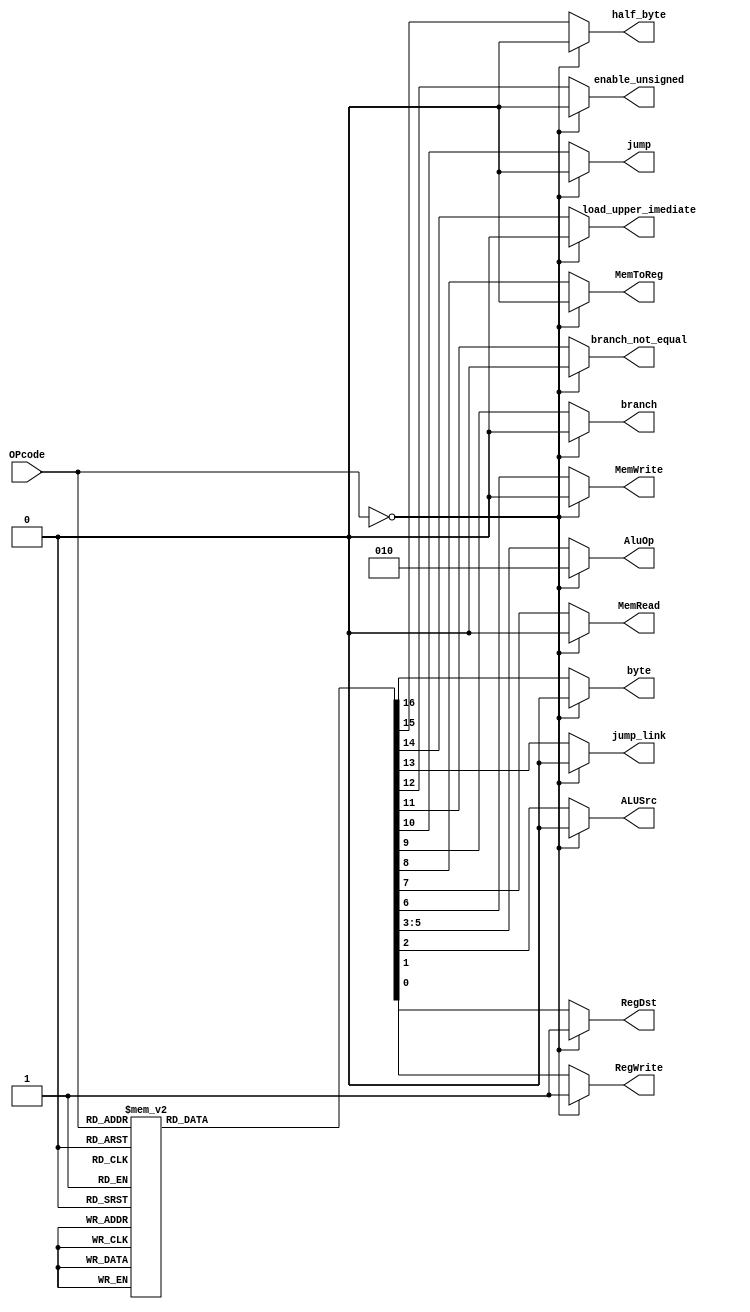

module Control_Unit(OPcode,RegDst,RegWrite,ALUSrc,AluOp,MemWrite,MemRead,MemToReg,
branch,jump, branch_not_equal,jump_link, enable_unsigned, load_upper_imediate,
half_byte,byte);

input [5:0]OPcode;

output RegDst;
output RegWrite;
output ALUSrc;
output [2:0]AluOp;
output MemWrite;
output MemRead;
output MemToReg;
output branch;
output branch_not_equal;
output jump;
output jump_link;
output enable_unsigned;
output load_upper_imediate;
output half_byte;
output byte;

wire [5:0]OPcode;

reg RegDst;
reg RegWrite;
reg ALUSrc;
reg [2:0]AluOp;
reg MemWrite;
reg MemRead;
reg MemToReg;
reg branch;
reg jump;
reg branch_not_equal;
reg enable_unsigned;
reg jump_link;
reg load_upper_imediate;
reg half_byte;
reg byte;

initial // initialize the control signals
	begin
 		RegDst=1'b0;
 		RegWrite=1'b0;
 		ALUSrc=1'b0;
 		AluOp=3'b000;
 		MemWrite=1'b0;
 		MemRead=1'b0;
 		MemToReg=1'b0;
 		branch=1'b0;
 		jump=1'b0;
 		branch_not_equal=1'b0;
 		enable_unsigned=1'b0;
 		jump_link=1'b0;
 		load_upper_imediate=1'b0;
 		half_byte=1'b0;
 		byte=1'b0;


	end


always @ (OPcode )
   begin
     if (OPcode==6'b000000)//r-type
		begin
 			RegDst=1'b1;
 			RegWrite=1'b1;
 			ALUSrc=1'b0;
 			AluOp=3'b010;
 			MemWrite=1'b0;
 			MemRead=1'b0;
			MemToReg=1'b0;
 			branch=1'b0;
 			jump=1'b0;
 			branch_not_equal=1'b0;
 			enable_unsigned=1'b0;
 			jump_link=1'b0;
			load_upper_imediate=1'b0;
			half_byte=1'b0;
			byte=1'b0;
		end

//I-type&j=type
    else 
	begin
	     case (OPcode)
		//i=type
		6'b001000://addi
		  begin
 			RegDst=1'b0;
			RegWrite=1'b1;
 			ALUSrc=1'b1;
 			AluOp=3'b000;
 		 	MemWrite=1'b0;
 			MemRead=1'b0;
 			MemToReg=1'b0;
 			branch=1'b0;
		 	jump=1'b0;
			branch_not_equal=1'b0;
 			enable_unsigned=1'b0;
 			jump_link=1'b0;
			load_upper_imediate=1'b0;
			half_byte=1'b0;
			byte=1'b0;
		end


		6'b001010://slti
		  begin
 			RegDst=1'b0;
			RegWrite=1'b1;
 			ALUSrc=1'b1;
 		  	AluOp=3'b101;
 			MemWrite=1'b0;
 			MemRead=1'b0;
 			MemToReg=1'b0;
 			branch=1'b0;
			jump=1'b0;
			branch_not_equal=1'b0;
 			enable_unsigned=1'b0;
 			jump_link=1'b0;
			load_upper_imediate=1'b0;
			half_byte=1'b0;
			byte=1'b0;
		   end


		6'b001001://sltui
		   begin
 			RegDst=1'b0;
			RegWrite=1'b1;
 			ALUSrc=1'b1;
 		   	AluOp=3'b101;
 			MemWrite=1'b0;
 			MemRead=1'b0;
 			MemToReg=1'b0;
 			branch=1'b0;
			jump=1'b0;
			branch_not_equal=1'b0;
 			enable_unsigned=1'b1;
 			jump_link=1'b0;
			load_upper_imediate=1'b0;
			half_byte=1'b0;
			byte=1'b0;
		    end

		6'b000100://beq
		    begin
 			RegDst=1'bx;
 			RegWrite=1'b0;
 			ALUSrc=1'b0;
 			AluOp=3'b001;
 			MemWrite=1'b0;
 			MemRead=1'b0;
 			MemToReg=1'bx;
 			branch=1'b1;
 			jump=1'b0;
			branch_not_equal=1'b0;
 			enable_unsigned=1'b0;
 			jump_link=1'b0;
			load_upper_imediate=1'b0;
			half_byte=1'b0;
			byte=1'b0;

		    end


		6'b000101://bne
		    begin
 			RegDst=1'bx;
			RegWrite=1'b0;
 			ALUSrc=1'b0;
 			AluOp=3'b001;
 			MemWrite=1'b0;
 			MemRead=1'b0;
 			MemToReg=1'bx;
 			branch=1'b0;
 			jump=1'b0;
			branch_not_equal=1'b1;
 			enable_unsigned=1'b0;
 			jump_link=1'b0;
			load_upper_imediate=1'b0;
			half_byte=1'b0;
			byte=1'b0;
		    end


		6'b001100://andi
		    begin
			RegDst=1'b0;
			RegWrite=1'b1;
 			ALUSrc=1'b1;
 			AluOp=3'b011;
 			MemWrite=1'b0;
 			MemRead=1'b0;
 			MemToReg=1'b0;
 			branch=1'b0;
			jump=1'b0;
			branch_not_equal=1'b0;
 			enable_unsigned=1'b1;
 			jump_link=1'b0;
			load_upper_imediate=1'b0;
			half_byte=1'b0;
			byte=1'b0;
		    end


		6'b001101://ori
		    begin
			RegDst=1'b0;
			RegWrite=1'b1;
 			ALUSrc=1'b1;
 			AluOp=3'b100;
 			MemWrite=1'b0;
 			MemRead=1'b0;
 			MemToReg=1'b0;
 			branch=1'b0;
			jump=1'b0;
			branch_not_equal=1'b0;
 			enable_unsigned=1'b1;
 			jump_link=1'b0;
			load_upper_imediate=1'b0;
			half_byte=1'b0;
			byte=1'b0;
		    end


		6'b100011://lw
		    begin
 			RegDst=1'b0;
			RegWrite=1'b1;
 			ALUSrc=1'b1;
 			AluOp=3'b000;
 			MemWrite=1'b0;
 			MemRead=1'b1;
 			MemToReg=1'b1;
 			branch=1'b0;
 			jump=1'b0;
			branch_not_equal=1'b0;
 			enable_unsigned=1'b0;
 			jump_link=1'b0;
			load_upper_imediate=1'b0;
			half_byte=1'b0;
			byte=1'b0;
		    end


		6'b100001://lh
		    begin
 			RegDst=1'b0;
			RegWrite=1'b1;
 			ALUSrc=1'b1;
 			AluOp=3'b000;
 			MemWrite=1'b0;
 			MemRead=1'b1;
 			MemToReg=1'b1;
 			branch=1'b0;
 			jump=1'b0;
			branch_not_equal=1'b0;
 			enable_unsigned=1'b0;
 			jump_link=1'b0;
			load_upper_imediate=1'b0;
			half_byte=1'b1;
			byte=1'b0;
		    end


		6'b100000://lb
		    begin
 			RegDst=1'b0;
			RegWrite=1'b1;
 			ALUSrc=1'b1;
 			AluOp=3'b000;
 			MemWrite=1'b0;
 			MemRead=1'b1;
 			MemToReg=1'b1;
 			branch=1'b0;
 			jump=1'b0;
			branch_not_equal=1'b0;
 			enable_unsigned=1'b0;
 			jump_link=1'b0;
			load_upper_imediate=1'b0;
			half_byte=1'b0;
			byte=1'b1;
		    end

		6'b100101://lhu
		    begin
 			RegDst=1'b0;
			RegWrite=1'b1;
 			ALUSrc=1'b1;
 			AluOp=3'b000;
 			MemWrite=1'b0;
 			MemRead=1'b1;
 			MemToReg=1'b1;
 			branch=1'b0;
 			jump=1'b0;
			branch_not_equal=1'b0;
 			enable_unsigned=1'b1;
 			jump_link=1'b0;
			load_upper_imediate=1'b0;
			half_byte=1'b1;
			byte=1'b0;
		    end


		6'b100100://lbu
		    begin
 			RegDst=1'b0;
			RegWrite=1'b1;
 			ALUSrc=1'b1;
 			AluOp=3'b000;
 			MemWrite=1'b0;
 			MemRead=1'b1;
 			MemToReg=1'b1;
 			branch=1'b0;
 			jump=1'b0;
			branch_not_equal=1'b0;
 			enable_unsigned=1'b1;
 			jump_link=1'b0;
			load_upper_imediate=1'b0;
			half_byte=1'b0;
			byte=1'b1;
		    end

		6'b101011://sw
		    begin
 			RegDst=1'bx;
 			RegWrite=1'b0;
 			ALUSrc=1'b1;
 			AluOp=3'b000;
 			MemWrite=1'b1;
 			MemRead=1'b0;
 			MemToReg=1'bx;
 			branch=1'b0;
 			jump=1'b0;
			branch_not_equal=1'b0;
 			enable_unsigned=1'b0;
 			jump_link=1'b0;
			load_upper_imediate=1'b0;
			half_byte=1'b0;
			byte=1'b0;
		    end


		6'b101001://sh
		    begin
 			RegDst=1'bx;
 			RegWrite=1'b0;
 			ALUSrc=1'b1;
 			AluOp=3'b000;
 			MemWrite=1'b1;
 			MemRead=1'b0;
 			MemToReg=1'bx;
 			branch=1'b0;
 			jump=1'b0;
			branch_not_equal=1'b0;
 			enable_unsigned=1'b0;
 			jump_link=1'b0;
			load_upper_imediate=1'b0;
			half_byte=1'b1;
			byte=1'b0;
		    end


		6'b101000://sb
		    begin
 			RegDst=1'bx;
 			RegWrite=1'b0;
 			ALUSrc=1'b1;
 			AluOp=3'b000;
 			MemWrite=1'b1;
 			MemRead=1'b0;
 			MemToReg=1'bx;
 			branch=1'b0;
 			jump=1'b0;
			branch_not_equal=1'b0;
 			enable_unsigned=1'b0;
 			jump_link=1'b0;
			load_upper_imediate=1'b0;
			half_byte=1'b0;
			byte=1'b1;
		    end


		6'b001111://lui
		    begin
 			RegDst=1'b0;
 			RegWrite=1'b1;
 			ALUSrc=1'bx;
 			AluOp=3'bxxx;
 			MemWrite=1'b0;
 			MemRead=1'b0;
 			MemToReg=1'bx;
 			branch=1'bx;
 			jump=1'b0;
			branch_not_equal=1'b0;
 			enable_unsigned=1'b0;
 			jump_link=1'b0;
			load_upper_imediate=1'b1;
			half_byte=1'b0;
			byte=1'b0;
		    end


		//j-type
		6'b000011://jal
		    begin
 			RegDst=1'bx;
 			RegWrite=1'b1;
 			ALUSrc=1'bx;
 			AluOp=3'bxxx;
 			MemWrite=1'b1;
 			MemRead=1'b0;
 			MemToReg=1'bx;
 			branch=1'bx;
 			jump=1'b1;
			branch_not_equal=1'b0;
 			enable_unsigned=1'b0;
 			jump_link=1'b1;
			load_upper_imediate=1'b0;
			half_byte=1'b0;
			byte=1'b0;
		    end


		6'b000010://jump
		    begin
 			RegDst=1'bx;
 			RegWrite=1'b0;
 			ALUSrc=1'bx;
 			AluOp=3'bxxx;
 			MemWrite=1'b0;
 			MemRead=1'b0;
 			MemToReg=1'bx;
 			branch=1'bx;
 			jump=1'b1;
			branch_not_equal=1'b0;
 			enable_unsigned=1'b0;
 			jump_link=1'b0;
			load_upper_imediate=1'b0;
			half_byte=1'b0;
			byte=1'b0;
		    end


		default: 
		   begin
			RegDst=1'b0;
 			RegWrite=1'b0;
 			ALUSrc=1'b0;
 			AluOp=3'b000;
 			MemWrite=1'b0;
 			MemRead=1'b0;
			MemToReg=1'b0;
 			branch=1'b0;
 			jump=1'b0;
 			branch_not_equal=1'b0;
 			enable_unsigned=1'b0;
 			jump_link=1'b0;
			load_upper_imediate=1'b0;
			half_byte=1'b0;
			byte=1'b0;
		    end

	   endcase

	end

     end

endmodule